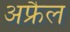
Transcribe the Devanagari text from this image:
अफ्रैल